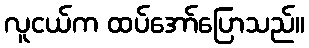
လူငယ်က ထပ်အော်ပြောသည်။